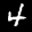
Label: 4